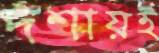
দশায়ই